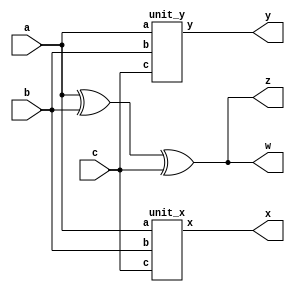
module test(input [31:0] a, b, c, output [31:0] x, y, z, w);
  unit_x unit_x_inst (.a(a), .b(b), .c(c), .x(x));
  unit_y unit_y_inst (.a(a), .b(b), .c(c), .y(y));
  assign z = a ^ b ^ c, w = z;
endmodule

module unit_x(input [31:0] a, b, c, output [31:0] x);
  assign x = (a & b) | c;
endmodule

module unit_y(input [31:0] a, b, c, output [31:0] y);
  assign y = a & (b | c);
endmodule